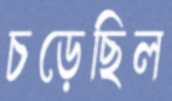
চড়েছিল